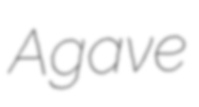
Agave